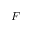
F